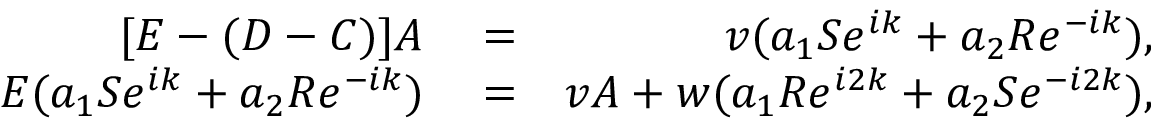
\begin{array} { r l r } { [ E - ( D - C ) ] A } & { { } = } & { v ( a _ { 1 } S e ^ { i k } + a _ { 2 } R e ^ { - i k } ) , } \\ { E ( a _ { 1 } S e ^ { i k } + a _ { 2 } R e ^ { - i k } ) } & { { } = } & { v A + w ( a _ { 1 } R e ^ { i 2 k } + a _ { 2 } S e ^ { - i 2 k } ) , } \end{array}